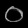
Digit: ၀